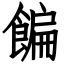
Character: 䭏